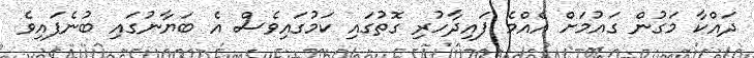
ދައްކާ މަގުން ގައުމަށް އެއްމެ ފައިދާހުރި ގޮތުގައި ކަމުގައިވެސް އެ ބަޔާނުގައި ބުނެފައިވެ